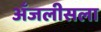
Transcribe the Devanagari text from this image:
अँजलीसला